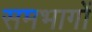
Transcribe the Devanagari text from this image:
समभागों